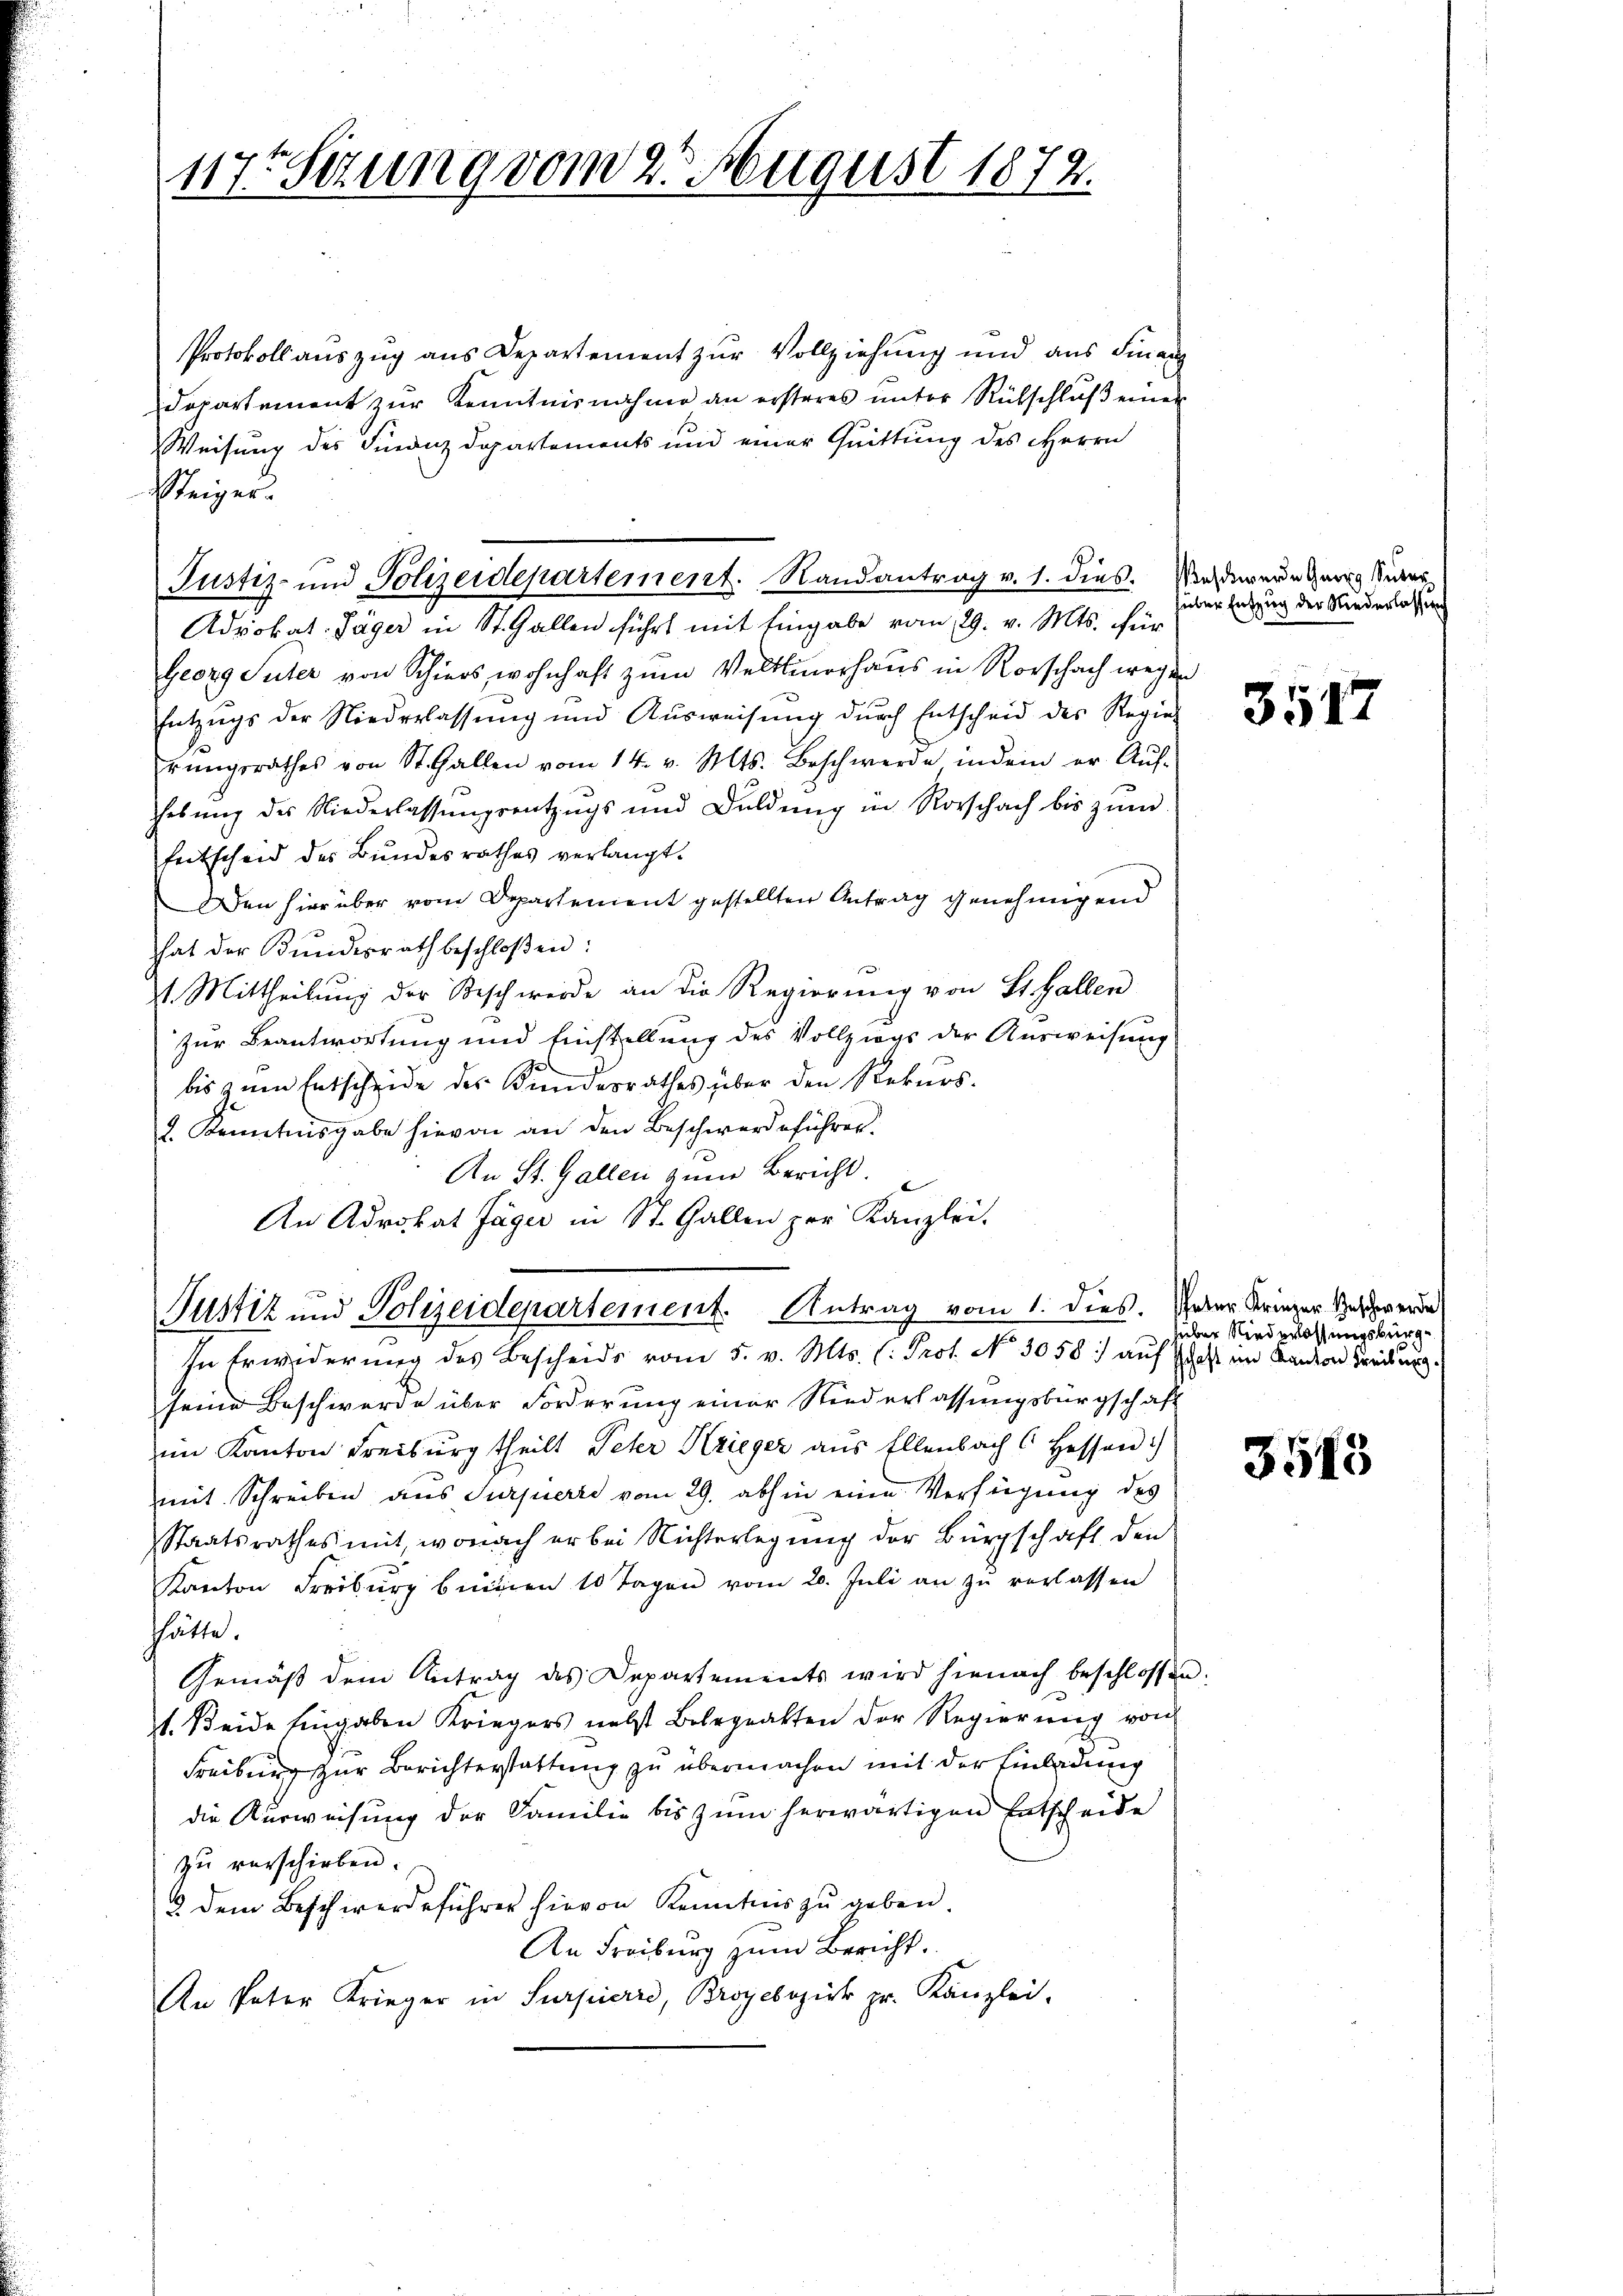
117t Sitzung vom 22. August 1872.

Protokoll auszug aus Departement zur Vollziehung und aus Finanz
Departement zur Kenntnisnahme an ersteres unter Rütschluß einer
Weisung des Finanzdepartements und einer Quittung des Herrn
Steiger.
Advokat-Jäger in St. Gallen führt mit Eingabe vom 29. v. Mts. für
Georg Suter von Schiers, wohnhaft zum Veltlinerhaus in Rorschach wegen
Entzŭgs der Niederlassŭng und Aŭsweisŭng dŭrch Entscheid des Regier
rŭngsrathes von St. Gallen vom 14. v. Mts. Beschwerde in dem er Aŭf-
hebŭng des Niederlassŭngsentzŭgs und Duldŭng in Rorschach bis zŭm
Entscheid des Bundesrathes verlangt.
Den hier über vom Departement gestellten Antrag genehmigend
hat der Bŭndesrath beschloßen:
st. Mittheilung der Beschwerde an die Regierung von St. Gallen
zur Beantwortung und Einstellung des Vollziegs der Ausweisung
bis zum Entscheide des Kundesrathes über den Rekurs.
2. Denntnisgabe hievon an den Beschwerdeführer
An St. Gallen zum Bericht.
An Advokat Jäger in St. Gallen per Kanzlei.
Justiz und Polizeidepartement. Antrag vom 1. dies. Jeder Krinzer Schwerde
In Erwiderung des Bescheids vom 5. v. Mts. (: Prof. No 3058: auf Post im Kanton Zürichtung.
seine Beschwerde über Forderung einer Niederlassungsbürgschaft
im Kanton Freiburg theilt Peter Krieger aus Ellenbach 6 Hessen:
mit Schreiben aus Turpierte vom 29. abhin eine Verfügung des
Staatsrathes mit, wonach er bei Richterlegung der Bürgschaft den
Kanton Freiburg beiden 10 Tagen vom 20. Juli an zu verlassen
hätte.
Gemäβ dem Antrag des Departements wird hienach beschlossen:
st. Seide Eingaben Kriegers nebst Belegatten der Regierŭng von
Freiburg zur Berichterstattung zu übermachen mit der Einladung
die Kürweisung der Familie bis zum herwärtigen Entscheide
zu verschieben.
3 dem Beschwerdeführer hievon Kenntnis zu geben.
An Freiburg zum Bericht.
An Pater Krieger in Surpierre, Broyebozier pr. Kanzlei.

Justiz- und Polizeidepartement. Randantrag v. 1. dies. Werdewere Georg Suter

süber Entzug der Niederlassung

3517

hüber Niederlassungsburg

3513